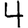
Digit: 4